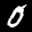
Digit: 0